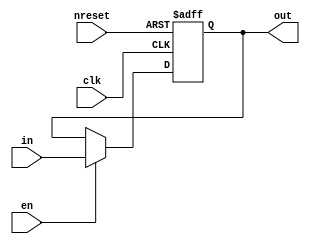
module oh_reg1 #(parameter DW = 1            
		 ) 
   ( input           nreset, 
     input 	     clk, 
     input 	     en, 
     input [DW-1:0]  in, 
     output [DW-1:0] out  
     );
   reg [DW-1:0]      out_reg;	   
   always @ (posedge clk or negedge nreset)
     if(!nreset)
       out_reg[DW-1:0] <= 'b0;
     else if(en)	      
       out_reg[DW-1:0] <= in[DW-1:0];
   assign out[DW-1:0] = out_reg[DW-1:0];	   
endmodule